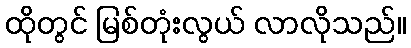
ထိုတွင် မြစ်တုံးလွယ် လာလိုသည်။